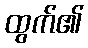
ထွက်၏